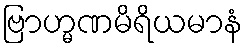
ဗြာဟ္မဏမိရိယမာနံ